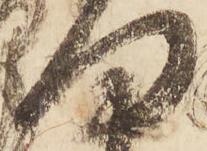
向